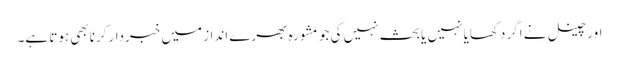
اور چینل نے اگر دکھایا نہیں یا بحث نہیں کی جو مشورہ بھرے انداز میں خبردار کرنابھی ہوتا ہے۔